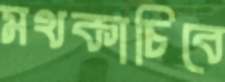
মথকাচিবে